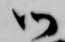
御